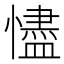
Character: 𢣺